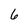
Character: 6